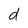
Character: d